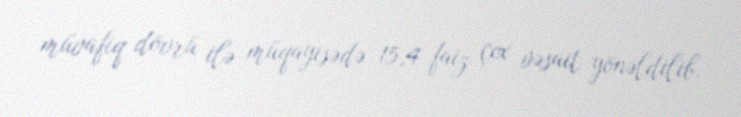
müvafiq dövrü ilə müqayisədə 15,4 faiz çox vəsait yönəldilib.